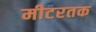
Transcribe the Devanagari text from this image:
मीटरतक